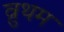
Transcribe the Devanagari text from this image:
व्रुथम